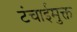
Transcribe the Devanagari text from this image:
टंचाईमुक्त